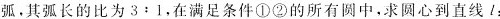
弧，其弧长的比为3:1，在满足条件①②的所有圆中，求圆心到直线l：